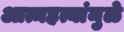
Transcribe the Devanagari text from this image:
आत्महत्यांमुळे